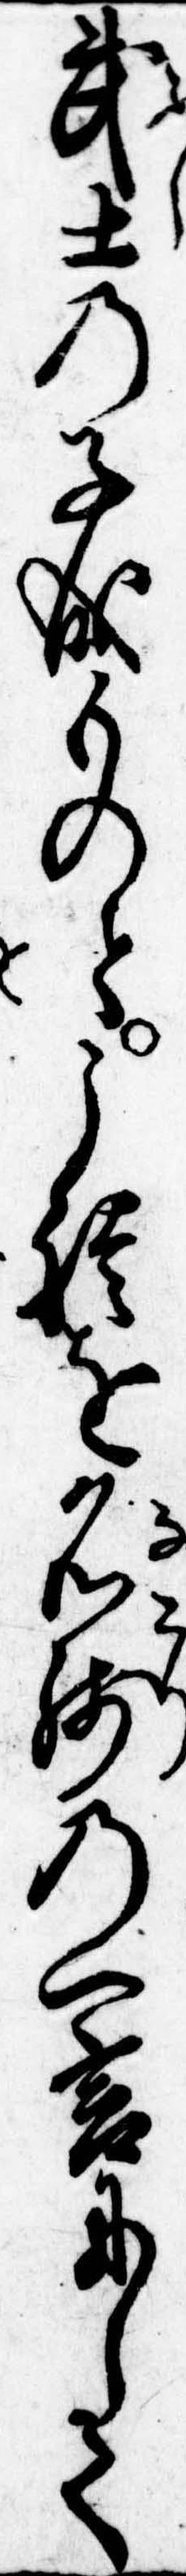
武士の子成ものとこれを名残の一言にして